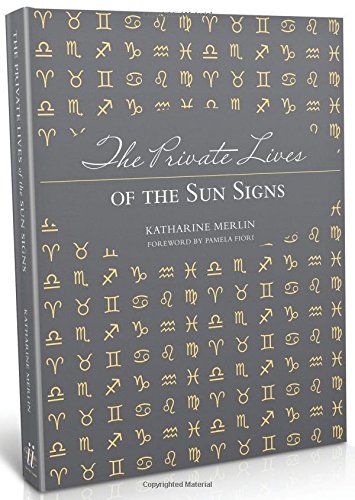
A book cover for The Private Lives of the Sun Signs; Katharine Merlin; Religion & Spirituality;